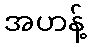
အဟန့်